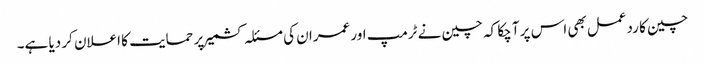
چین کا ردعمل بھی اس پر آ چکا کہ چین نے ٹرمپ اور عمران کی مسئلہ کشمیر پر حمایت کا اعلان کر دیا ہے۔